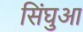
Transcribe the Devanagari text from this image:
सिंघुआ